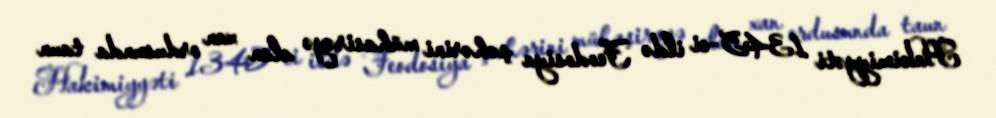
Hakimiyyəti 1345-ci ildə Feodosiya şəhərini mühasirəyə alan xan ordusunda taun